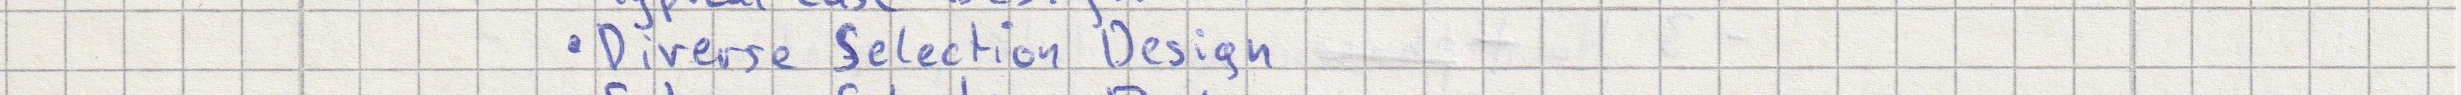
- Diverse Selection Design